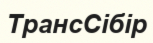
ТрансСібір